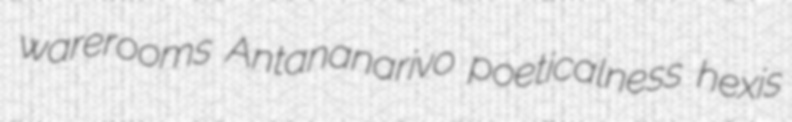
warerooms Antananarivo poeticalness hexis